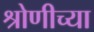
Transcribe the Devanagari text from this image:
श्रोणीच्या